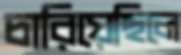
চারিয়েছিলে